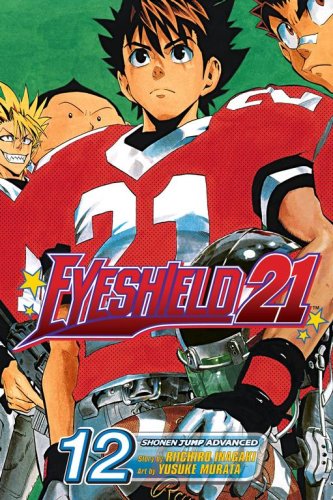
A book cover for Eyeshield 21, Volume 12; Riichiro Inagaki; Comics & Graphic Novels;